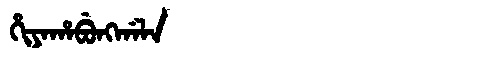
Manchu: ᡥᡳᠶᠠᡥᠠᠪᡠᠩᡤᠠᠯᠠ
Romanization: HIYAHABUNGGALA